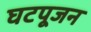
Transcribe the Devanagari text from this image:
घटपूजन